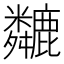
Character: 𫜏